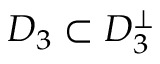
D _ { 3 } \subset D _ { 3 } ^ { \bot }